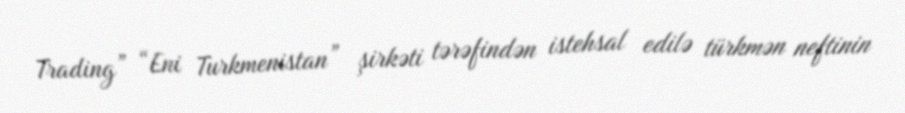
Trading” “Eni Turkmenistan” şirkəti tərəfindən istehsal edilə türkmən neftinin